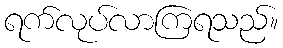
ရက်လုပ်လာကြရသည်။